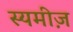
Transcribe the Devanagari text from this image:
स्यमीज़